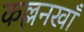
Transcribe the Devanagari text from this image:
कल्लनखाँ